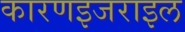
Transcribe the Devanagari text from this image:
कारणइजराइल